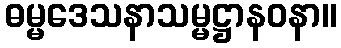
ဓမ္မဒေသနာသမ္မဋ္ဌာနဝနာ။